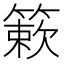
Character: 簌